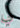
لي